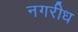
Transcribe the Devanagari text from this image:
नगरीध